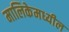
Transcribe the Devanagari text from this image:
मालिकेमध्यील